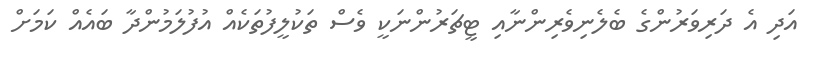
އަދި އެ ދަރިވަރުންގެ ބެލެނިވެރިންނާއި ޓީޗަރުންނަކީ ވެސް ތަކުލީފުތަކެއް އުފުލަމުންދާ ބައެއް ކަމަށް